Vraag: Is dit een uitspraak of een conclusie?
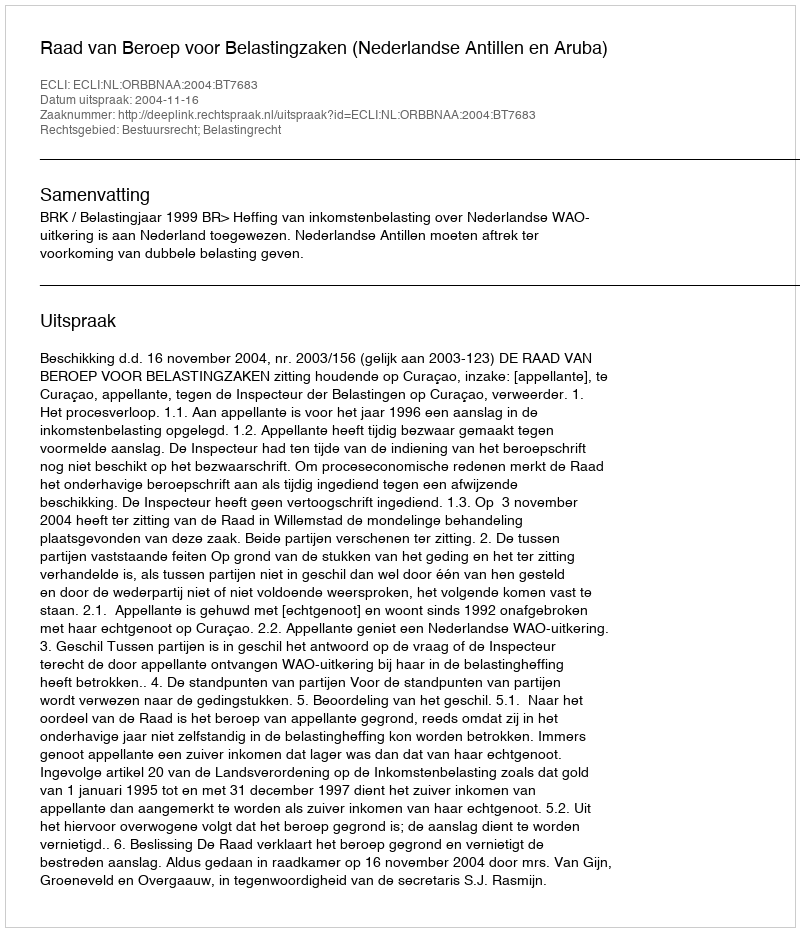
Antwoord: Uitspraak